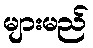
များမည်